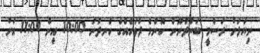
ނިޔަލަށް ރަސްމީ ބަންދުނޫން ކޮންމެ ދުވަހެއްގެ ހެނދުނު 10:00 އިން 11:00 އަށް